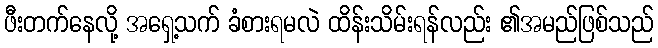
ဖီးတက်နေလို့ အရှေ့သက် ခံစားရမလဲ ထိန်းသိမ်းရန်လည်း ၏အမည်ဖြစ်သည်